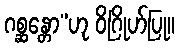
ဂစ္ဆန္တော”ဟု ဝိဂြိုဟ်ပြု။